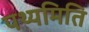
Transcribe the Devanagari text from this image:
पथ्यमिति